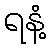
ရနံ့